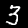
Label: 3